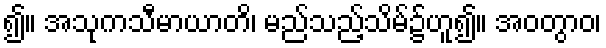
၍။ အသုကသီမာယာတိ၊ မည်သည့်သိမ်၌ဟူ၍။ အဝတွာဝ၊